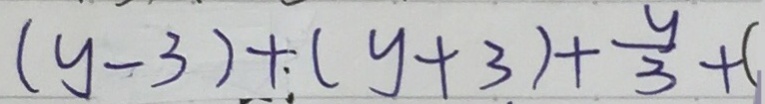
( y - 3 ) + ( y + 3 ) + \frac { y } { 3 } + (